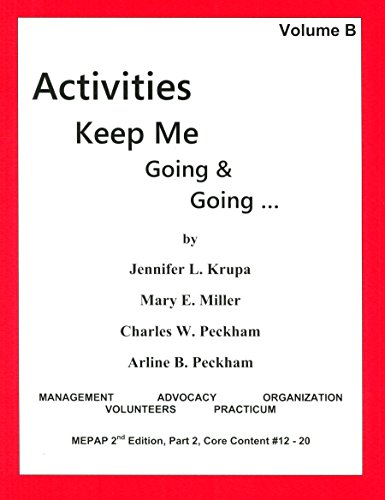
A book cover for Activities Keep Me Going and Going, Volume B; Jennifer Krupa; Medical Books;